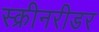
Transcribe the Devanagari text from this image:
स्क्रीनरीडर